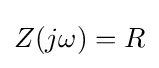
Z(j\omega )=R\,\!